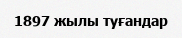
1897 жылы туғандар